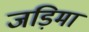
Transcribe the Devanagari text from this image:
जड़िमा